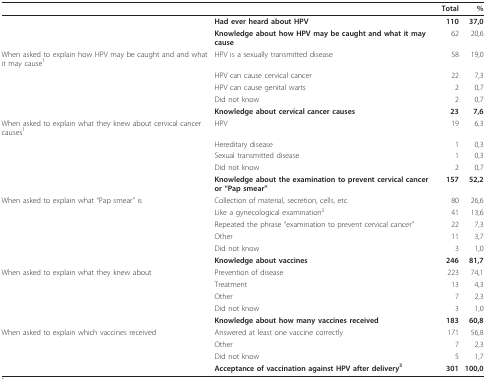
|  |  | Total | % |
 | --- | --- | --- | --- |
 |  | Had ever heard about HPV | 110 | 37,0 |
 |  | Knowledge about how HPV may be caught and what it may cause | 62 | 20,6 |
 | When asked to explain how HPV may be caught and and what it may cause1 | HPV is a sexually transmitted disease | 58 | 19,0 |
 |  | HPV can cause cervical cancer | 22 | 7,3 |
 |  | HPV can cause genital warts | 2 | 0,7 |
 |  | Did not know | 2 | 0,7 |
 |  | Knowledge about cervical cancer causes | 23 | 7,6 |
 | When asked to explain what they knew about cervical cancer causes1 | HPV | 19 | 6,3 |
 |  | Hereditary disease | 1 | 0,3 |
 |  | Sexual transmitted disease | 1 | 0,3 |
 |  | Did not know | 2 | 0,7 |
 |  | Knowledge about the examination to prevent cervical cancer or "Pap smear" | 157 | 52,2 |
 | When asked to explain what "Pap smear" is | Collection of material, secretion, cells, etc. | 80 | 26,6 |
 |  | Like a gynecological examination2 | 41 | 13,6 |
 |  | Repeated the phrase "examination to prevent cervical cancer'' | 22 | 7,3 |
 |  | Other | 11 | 3,7 |
 |  | Did not know | 3 | 1,0 |
 |  | Knowledge about vaccines | 246 | 81,7 |
 | When asked to explain what they knew about | Prevention of disease | 223 | 74,1 |
 |  | Treatment | 13 | 4,3 |
 |  | Other | 7 | 2,3 |
 |  | Did not know | 3 | 1,0 |
 |  | Knowledge about how many vaccines received | 183 | 60,8 |
 | When asked to explain which vaccines received | Answered at least one vaccine correctly | 171 | 56,8 |
 |  | Other | 7 | 2,3 |
 |  | Did not know | 5 | 1,7 |
 |  | Acceptance of vaccination against HPV after delivery3 | 301 | 100,0 |